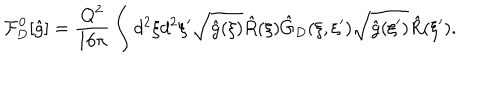
{ \mathcal { F } _ { D } ^ { 0 } } [ \hat { g } ] = { \frac { Q ^ { 2 } } { 1 6 \pi } } \int { d ^ { 2 } } \xi { d ^ { 2 } } \xi ^ { \prime } \sqrt { \hat { g } ( \xi ) } \hat { R } ( \xi ) { \hat { G } _ { D } } ( \xi , \xi ^ { \prime } ) \sqrt { \hat { g } ( \xi ^ { \prime } ) } \hat { R } ( \xi ^ { \prime } ) .